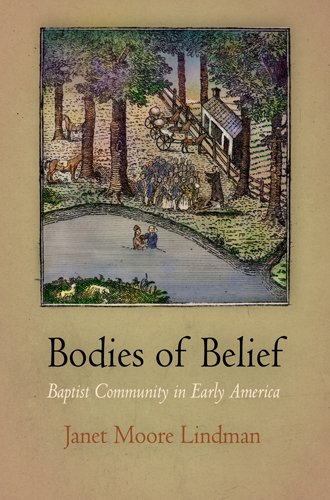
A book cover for Bodies of Belief: Baptist Community in Early America (Early American Studies); Janet Moore Lindman; Christian Books & Bibles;